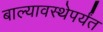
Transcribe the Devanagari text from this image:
बाल्यावस्थेपर्यंत